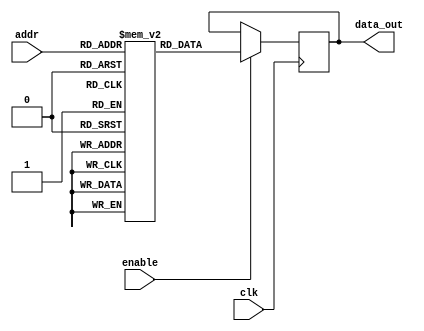
module parameterized_rom #(
    parameter ADDR_WIDTH = 4,     // Address width (number of addressable entries)
    parameter DATA_WIDTH = 8       // Data width (number of bits per data entry)
) (
    input wire clk,                // Clock signal
    input wire [ADDR_WIDTH-1:0] addr, // Address input
    input wire enable,             // Enable signal for reading
    output reg [DATA_WIDTH-1:0] data_out // Data output
);

// Internal ROM storage
reg [DATA_WIDTH-1:0] rom [(2**ADDR_WIDTH)-1:0];

// Initialization of ROM contents
initial begin
    // Example ROM initialization; You can customize these values as needed
    rom[0] = 8'hAA; // Address 0
    rom[1] = 8'hBB; // Address 1
    rom[2] = 8'hCC; // Address 2
    rom[3] = 8'hDD; // Address 3
    rom[4] = 8'hEE; // Address 4
    rom[5] = 8'hFF; // Address 5
    rom[6] = 8'h00; // Address 6
    rom[7] = 8'h11; // Address 7
    // Add more initialization as needed based on ADDR_WIDTH
end

// Synchronous read operation
always @(posedge clk) begin
    if (enable) begin
        data_out <= rom[addr]; // Read from ROM at the specified address
    end else begin
        data_out <= data_out;   // Retain previous value if not enabled
    end
end

endmodule